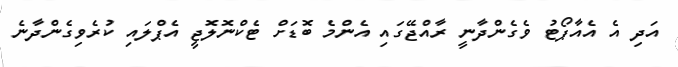
އަދި އެ އެއާޕޯޓު ވެގެންދާނީ ރާއްޖޭގައި އެންމެ ބޮޑަށް ޓެކްނޮލޮޖީ އެޕްލައި ކުރެވިގެންދާނެ